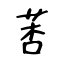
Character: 莕